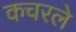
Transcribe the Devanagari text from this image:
कचरले